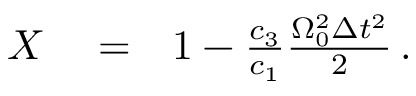
\begin{array} { r l r } { X } & { { } = } & { 1 - \frac { c _ { 3 } } { c _ { 1 } } \frac { \Omega _ { 0 } ^ { 2 } \Delta { t } ^ { 2 } } { 2 } \, . } \end{array}